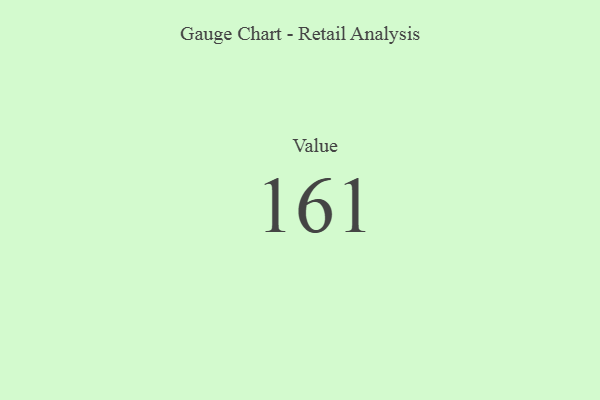
{"axis": {"x": "Metric", "y": "Value"}, "legend": [""], "data": [{"x": "Value", "y": 161, "type": ""}]}